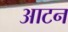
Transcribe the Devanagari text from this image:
आटन